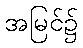
အမြင်၌